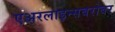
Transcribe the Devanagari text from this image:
एअरलाइन्सबरोबर